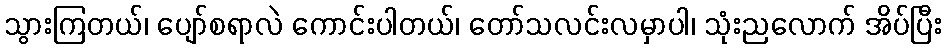
သွားကြတယ်၊ ပျော်စရာလဲ ကောင်းပါတယ်၊ တော်သလင်းလမှာပါ၊ သုံးညလောက် အိပ်ပြီး